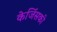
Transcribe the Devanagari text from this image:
केजिंसकी